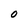
Character: O